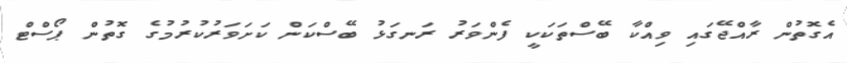
އެގޮތުން ރާއްޖޭގައި ވިއްކާ ބޭސްތަކަކީ ފެންވަރު ރަނގަޅު ބޭސްކަން ކަށަވަރުކުރުމުގެ ގޮތުން ޕޯސްޓް